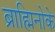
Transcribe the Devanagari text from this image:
ब्राह्मिनोके